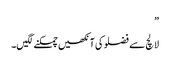
”
لالچ سے فضلو کی آنکھیں چمکنے لگیں۔